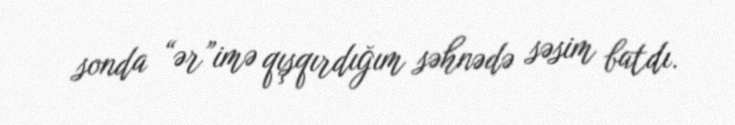
sonda “ər”imə qışqırdığım səhnədə səsim batdı.